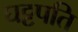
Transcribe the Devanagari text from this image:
घट्टपति